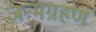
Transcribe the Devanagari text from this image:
जन्मग्रहण